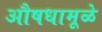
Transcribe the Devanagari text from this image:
औषधामूळे